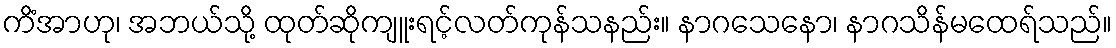
ကိံအာဟု၊ အဘယ်သို့ ထုတ်ဆိုကျူးရင့်လတ်ကုန်သနည်း။ နာဂသေနော၊ နာဂသိန်မထေရ်သည်။